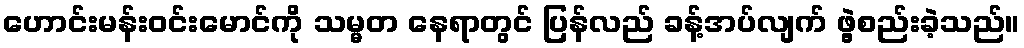
ဟောင်းမန်းဝင်းမောင်ကို သမ္မတ နေရာတွင် ပြန်လည် ခန့်အပ်လျက် ဖွဲ့စည်းခဲ့သည်။